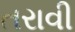
તરાવી